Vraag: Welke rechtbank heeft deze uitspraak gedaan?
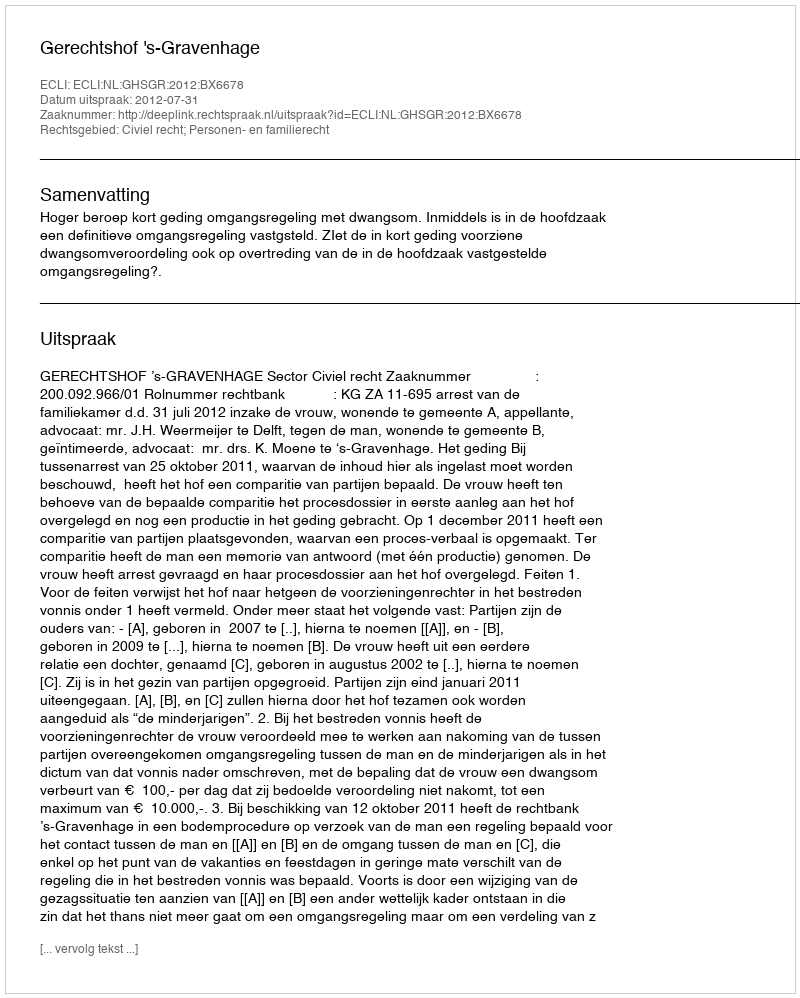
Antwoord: Gerechtshof 's-Gravenhage